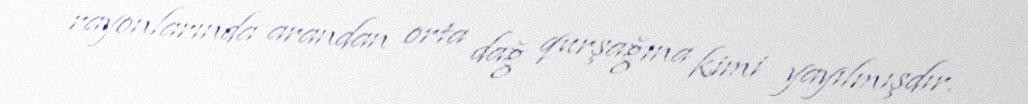
rayonlarında arandan orta dağ qurşağına kimi yayılmışdır.